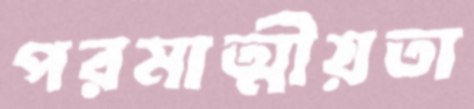
পরমাত্মীয়তা